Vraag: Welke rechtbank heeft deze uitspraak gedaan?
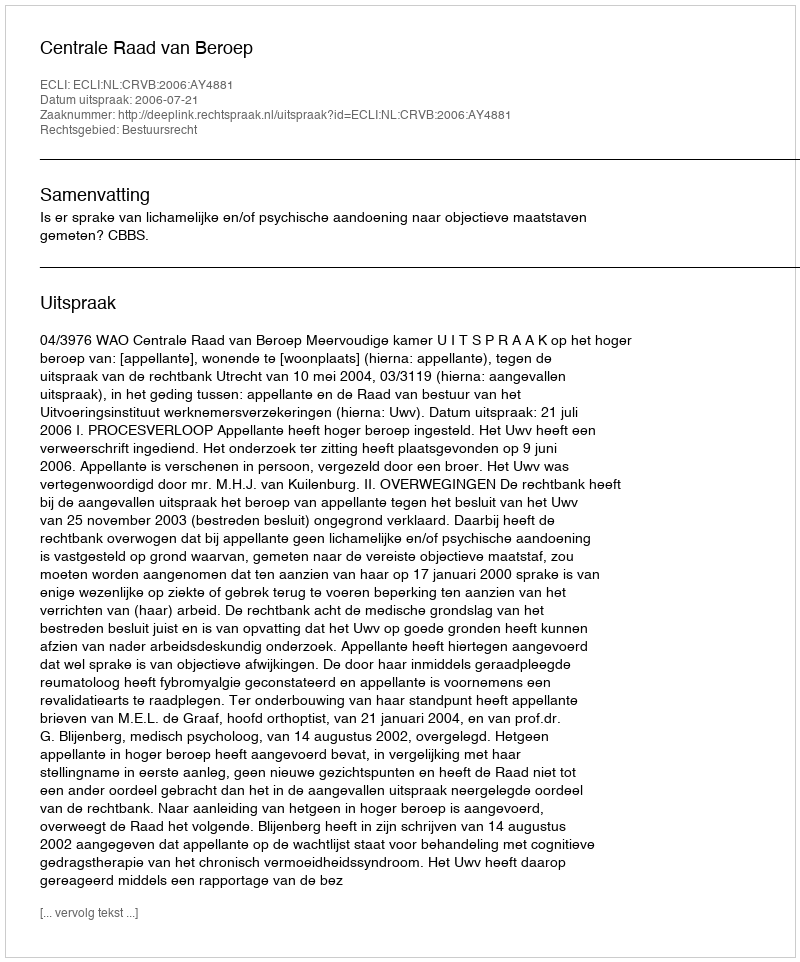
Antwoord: Centrale Raad van Beroep